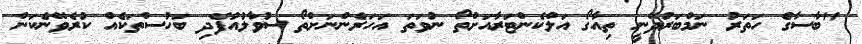
"ބާސާގެ ހަތަރު ނަމްބަރުދޭނީ ތިއާގޯ އަލްކެންޓަރާއަށްތޯ ނުވަތަ އަހަރެންނަށްތޯ ސުވާލުއުފެދި ބަހުސްތަކެއް ކުރެވޭނެކަން